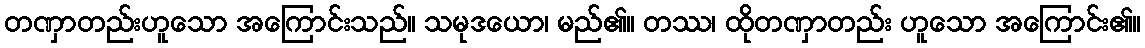
တဏှာတည်းဟူသော အကြောင်းသည်။ သမုဒယော၊ မည်၏။ တဿ၊ ထိုတဏှာတည်း ဟူသော အကြောင်း၏။